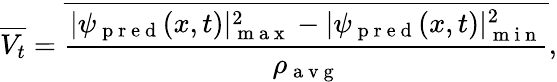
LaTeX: \overline{{V_{t}}}=\overline{{\frac{|\psi_{\mathrm{~p~r~e~d~}}(x,t)|_{\mathrm{~m~a~x~}}^{2}-|\psi_{\mathrm{~p~r~e~d~}}(x,t)|_{\mathrm{~m~i~n~}}^{2}}{\rho_{\mathrm{~a~v~g~}}}}},